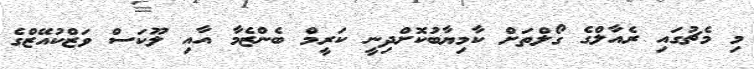
މި މެޗުގައި ރެއާލްގެ ގޯލްތަށް ކާމިޔާބުކޮށްދިނީ ކަރީމް ބެންޒެމާ އާއި ލޫކަސް ވަޒްކުއޭޒްގެ